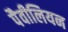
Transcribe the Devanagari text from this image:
पैवीलियन